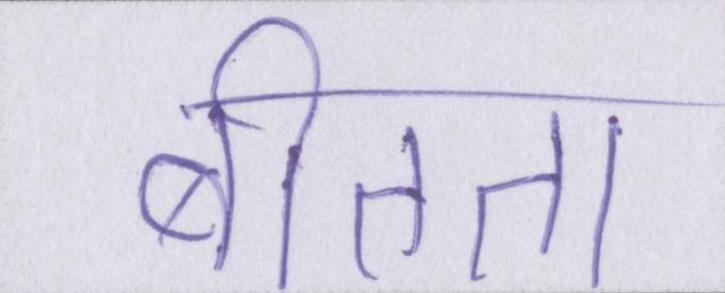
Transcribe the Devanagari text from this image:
बीतता